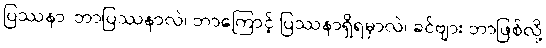
ပြဿနာ၊ ဘာပြဿနာလဲ၊ ဘာကြောင့် ပြဿနာရှိရမှာလဲ၊ ခင်ဗျား ဘာဖြစ်လို့